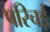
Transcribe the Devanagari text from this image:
परिचई